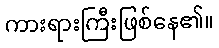
ကားရားကြီးဖြစ်နေ၏။